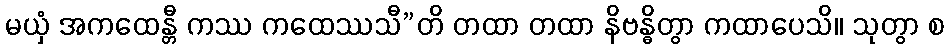
မယှံ အကထေန္တီ ကဿ ကထေဿသီ”တိ တထာ တထာ နိဗန္ဓိတွာ ကထာပေသိ။ သုတွာ စ